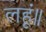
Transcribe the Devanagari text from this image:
लहूं॥